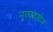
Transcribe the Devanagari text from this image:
नृत्यदर्शन